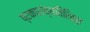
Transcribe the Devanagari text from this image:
प्रकारांव्यतिरिक्त